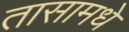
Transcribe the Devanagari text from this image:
तासामधे